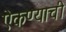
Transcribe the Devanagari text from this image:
ऎकण्याची